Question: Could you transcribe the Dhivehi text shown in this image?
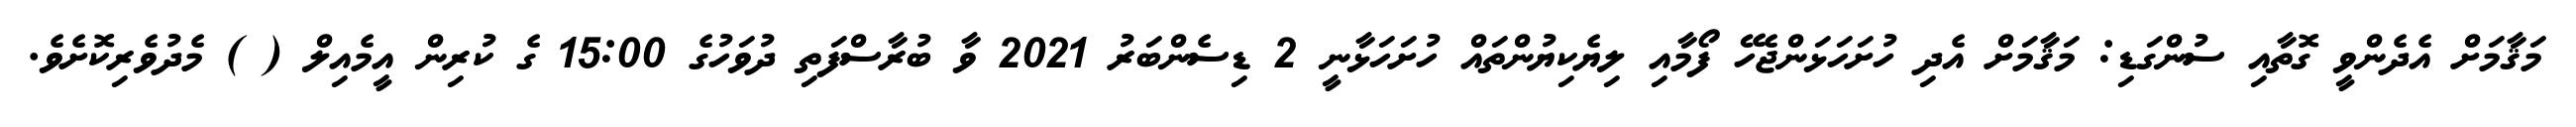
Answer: މަޤާމަށް އެދެންވީ ގޮތާއި ސުންގަޑި: މަޤާމަށް އެދި ހުށަހަޅަންޖެހޭ ފޯމާއި ލިޔެކިޔުންތައް ހުށަހަޅާނީ 2 ޑިސެންބަރު 2021 ވާ ބުރާސްފަތި ދުވަހުގެ 15:00 ގެ ކުރިން އީމެއިލް ( ) މެދުވެރިކޮށެވެ.